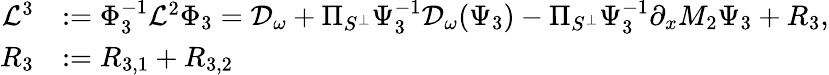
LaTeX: \begin{array}{rl}{\mathcal{L}^{3}}&{:=\Phi_{3}^{-1}\mathcal{L}^{2}\Phi_{3}=\mathcal{D}_{\omega}+\Pi_{S^{\perp}}\Psi_{3}^{-1}\mathcal{D}_{\omega}(\Psi_{3})-\Pi_{S^{\perp}}\Psi_{3}^{-1}\partial_{x}M_{2}\Psi_{3}+R_{3},}\\ {R_{3}}&{:=R_{3,1}+R_{3,2}}\end{array}